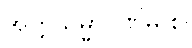
အတ္တသမ္မာပဏိဓိ စ၊